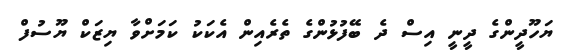
ޔަހޫދީންގެ ދީނީ އިސް ދެ ބޭފުޅުންގެ ތެރެއިން އެކަކު ކަމަށްވާ ޔިޒަކް ޔޫސުފް